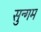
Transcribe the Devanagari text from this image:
सुन्गम